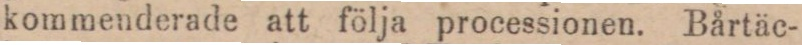
kommenderade att följa processionen. Bårtäc-